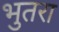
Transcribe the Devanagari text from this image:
भुतरा